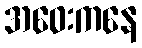
အဝေးကနေ